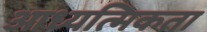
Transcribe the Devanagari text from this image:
आध्यत्मिकता